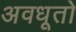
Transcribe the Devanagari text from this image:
अवधूतो